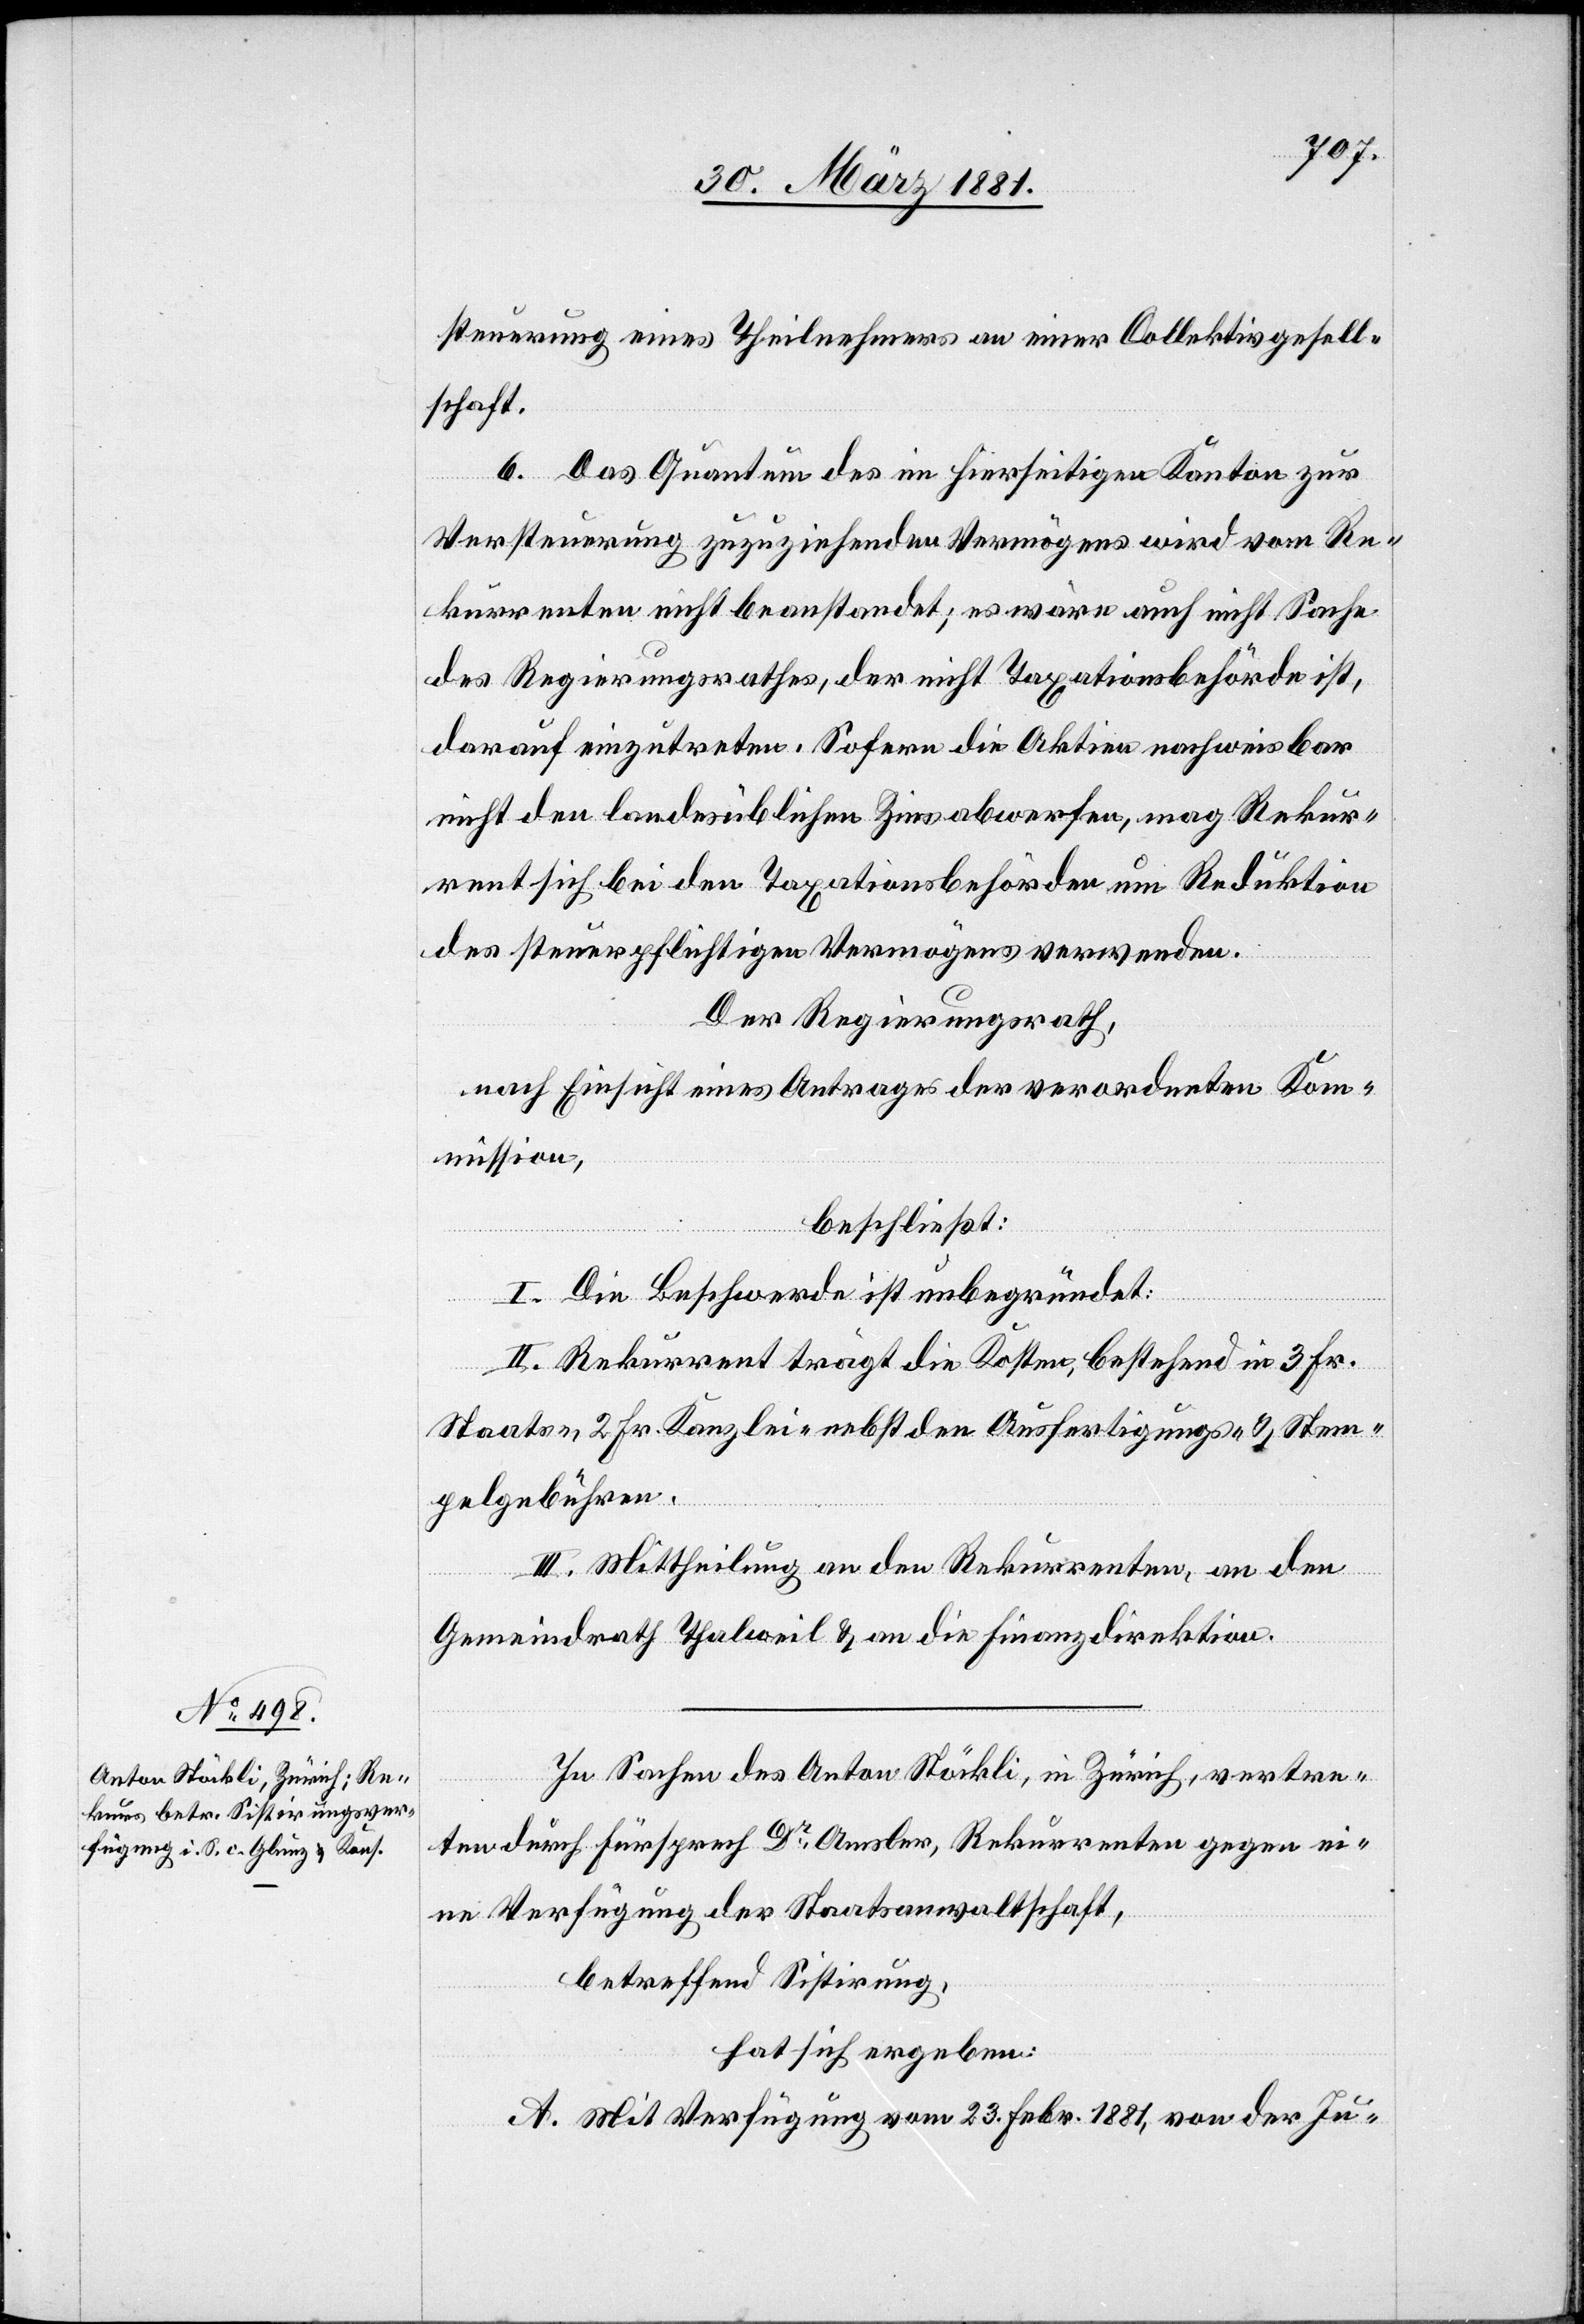
steuerung eines Theilnehmers an einer Collektivgesell¬
schaft.
6. Das Quantum des in hierseitigen Kanton zur
Versteuerung zuzuziehenden Vermögens wird vom Re¬
kurrenten nicht beanstandet; es wäre auch nicht Sache
des Regierungsrathes, der nicht Taxationsbehörde ist,
darauf einzutreten. Sofern die Aktien nachweisbar
nicht den landesüblichen Zins abwerfen, mag Rekur¬
rent sich bei den Taxationsbehörden um Reduktion
des steuerpflichtigen Vermögens verwenden.
Der Regierungsrath,
nach Einsicht eines Antrages der verordneten Kom¬
mission,
beschließt:
I. Die Beschwerde ist unbegründet.
II. Rekurrent trägt die Kosten, bestehend in 3 Fr.
Staats-, 2 Fr. Kanzlei- nebst den Ausfertigungs- & Stem¬
pelgebühren.
III. Mittheilung an den Rekurrenten, an den
Gemeindrath Thalweil & an die Finanzdirektion.
In Sachen des Antons Stöckli, in Zürich, vertre¬
ten durch Fürsprech Dr Amsler, Rekurrenten gegen ei¬
ne Verfügung der Staatsanwaltschaft,
betreffend Sistirung,
hat sich ergeben:
A. Mit Verfügung vom 23. Febr. 1881, von der Ju-